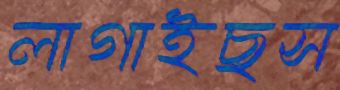
লাগাইছস